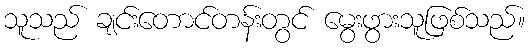
သူသည် ချင်းတောင်တန်းတွင် မွေးဖွားသူဖြစ်သည်။